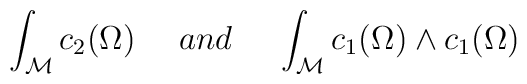
\int_{\mathcal{M}} c_2(\Omega )\ \ \ \ and \ \ \ \ \int_{{\mathcal M}} c_1(\Omega )\wedge c_1(\Omega )